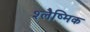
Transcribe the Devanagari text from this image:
श्‍लैष्‍मिक